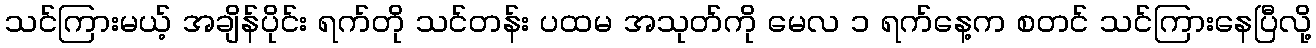
သင်ကြားမယ့် အချိန်ပိုင်း ရက်တို သင်တန်း ပထမ အသုတ်ကို မေလ ၁ ရက်နေ့က စတင် သင်ကြားနေပြီလို့